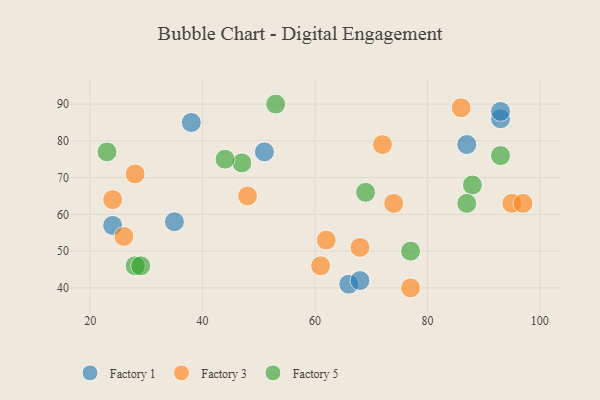
{"axis": {"x": "GDP", "y": "Life Expectancy"}, "legend": ["Factory 1", "Factory 3", "Factory 5"], "data": [{"x": "66", "y": 41, "type": "Factory 1"}, {"x": "38", "y": 85, "type": "Factory 1"}, {"x": "93", "y": 86, "type": "Factory 1"}, {"x": "87", "y": 79, "type": "Factory 1"}, {"x": "51", "y": 77, "type": "Factory 1"}, {"x": "24", "y": 57, "type": "Factory 1"}, {"x": "93", "y": 88, "type": "Factory 1"}, {"x": "35", "y": 58, "type": "Factory 1"}, {"x": "68", "y": 42, "type": "Factory 1"}, {"x": "77", "y": 40, "type": "Factory 3"}, {"x": "86", "y": 89, "type": "Factory 3"}, {"x": "48", "y": 65, "type": "Factory 3"}, {"x": "28", "y": 71, "type": "Factory 3"}, {"x": "61", "y": 46, "type": "Factory 3"}, {"x": "74", "y": 63, "type": "Factory 3"}, {"x": "26", "y": 54, "type": "Factory 3"}, {"x": "24", "y": 64, "type": "Factory 3"}, {"x": "62", "y": 53, "type": "Factory 3"}, {"x": "95", "y": 63, "type": "Factory 3"}, {"x": "68", "y": 51, "type": "Factory 3"}, {"x": "97", "y": 63, "type": "Factory 3"}, {"x": "72", "y": 79, "type": "Factory 3"}, {"x": "47", "y": 74, "type": "Factory 5"}, {"x": "93", "y": 76, "type": "Factory 5"}, {"x": "77", "y": 50, "type": "Factory 5"}, {"x": "28", "y": 46, "type": "Factory 5"}, {"x": "29", "y": 46, "type": "Factory 5"}, {"x": "88", "y": 68, "type": "Factory 5"}, {"x": "44", "y": 75, "type": "Factory 5"}, {"x": "23", "y": 77, "type": "Factory 5"}, {"x": "53", "y": 90, "type": "Factory 5"}, {"x": "69", "y": 66, "type": "Factory 5"}, {"x": "87", "y": 63, "type": "Factory 5"}]}